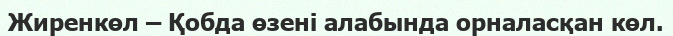
Жиренкөл – Қобда өзені алабында орналасқан көл.